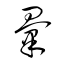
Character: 彙